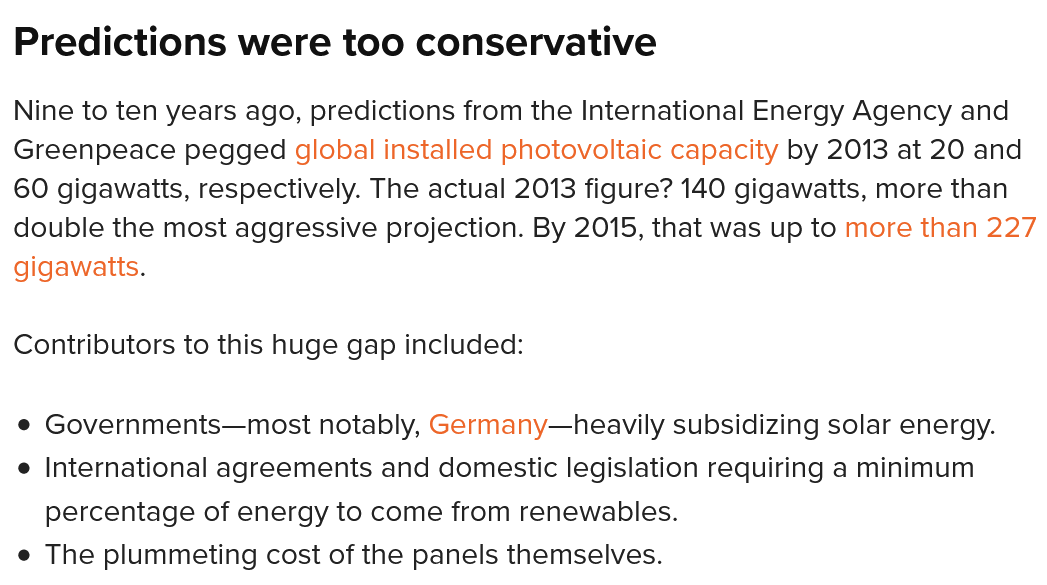
Predictions   were   too  conservative
  Nine to ten years ago, predictions from the International Energy Agency and
  Greenpeace pegged global installed photovoltaic capacity by 2013 at 20 and
  60 gigawatts, respectively. The actual 2013 figure? 140 gigawatts, more than
  double the most aggressive projection. By 2015, that was up to more than 227
  gigawatts.
  Contributors to this huge gap included:
  e Governments—most notably, Germany—heavily subsidizing solar energy.
  e The plummeting cost of the panels themselves.
  e International agreements and domestic legislation requiring a minimum
    percentage of energy to come from renewables.